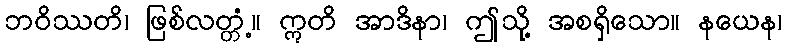
ဘဝိဿတိ၊ ဖြစ်လတ္တံ့။ ဣတိ အာဒိနာ၊ ဤသို့ အစရှိသော။ နယေန၊